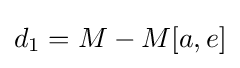
d_{1}=M-M[a,e]